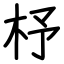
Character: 杼